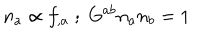
n _ { a } \propto f _ { , a } \; ; \; G ^ { a b } n _ { a } n _ { b } = 1